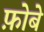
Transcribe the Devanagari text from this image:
फ़ोबे